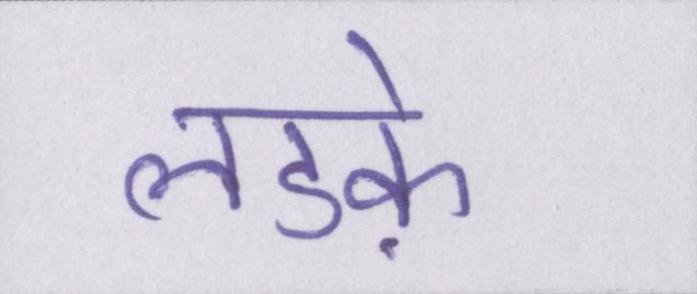
लडक़े